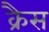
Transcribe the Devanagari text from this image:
क्रैस